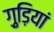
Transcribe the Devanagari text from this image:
ग़ुड़ियां